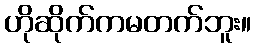
ဟိုဆိုက်ကမတက်ဘူး။